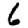
Digit: 6